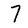
Character: 7